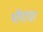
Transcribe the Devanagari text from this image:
भींगांचा